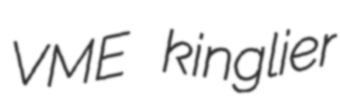
VME kinglier